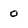
Character: 0